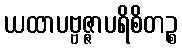
ယထာပဗ္ဗဇ္ဇာပရိစိတဉ္စ